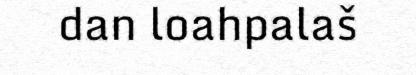
dan loahpalaš